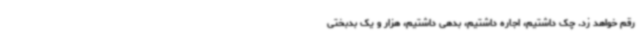
رقم خواهد زد. چک داشتیم، اجاره داشتیم، بدهی داشتیم، هزار و یک بدبختی